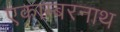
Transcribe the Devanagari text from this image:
एकाम्बरनाथ